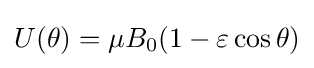
U(\theta )=\mu B_{0}(1-\varepsilon \cos {\theta })